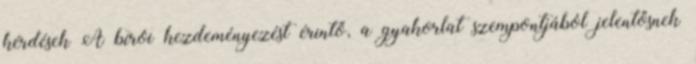
kérdések A bírói kezdeményezést érintő, a gyakorlat szempontjából jelentősnek